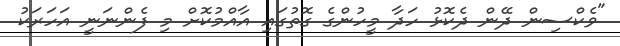
"ވެކްސިން ދޭން ދެކޮޅު ހަދާ މީހުންގެ ގޮތުގައި އާއްމުކޮށް މި ފެންނަނީ އަހަރަކު